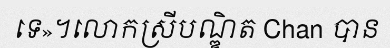
ទេ»។លោកស្រីបណ្ឌិត Chan បាន